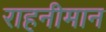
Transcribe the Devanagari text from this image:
राहनीमान